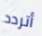
أتردد